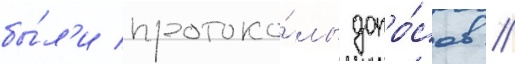
бы́л'и протоко́лы допро́сов //